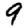
Digit: 9